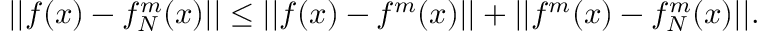
| | f ( x ) - f _ { N } ^ { m } ( x ) | | \leq | | f ( x ) - f ^ { m } ( x ) | | + | | f ^ { m } ( x ) - f _ { N } ^ { m } ( x ) | | .